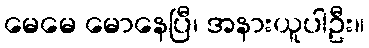
မေမေ မောနေပြီ၊ အနားယူပါဦး။